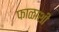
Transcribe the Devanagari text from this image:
फाळाशी